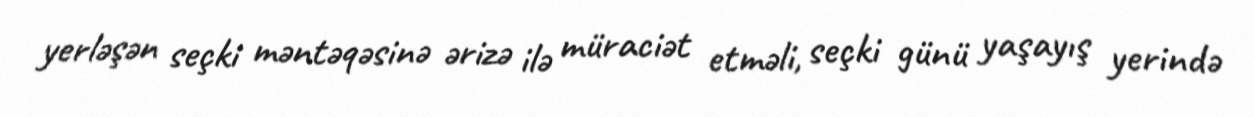
yerləşən seçki məntəqəsinə ərizə ilə müraciət etməli, seçki günü yaşayış yerində